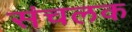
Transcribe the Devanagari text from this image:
संचलक